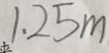
1 . 2 5 m